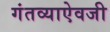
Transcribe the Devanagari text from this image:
गंतव्याऐवजी